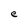
Character: e